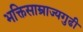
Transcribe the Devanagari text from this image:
भक्तिसाम्राज्यगुढी